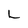
Character: L